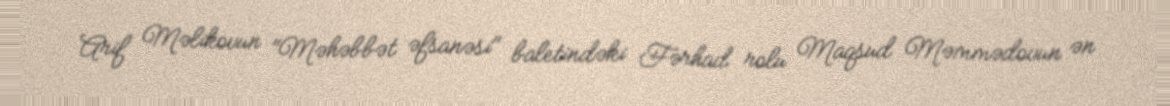
Arif Məlikovun "Məhəbbət əfsanəsi" baletindəki Fərhad rolu Maqsud Məmmədovun ən